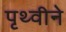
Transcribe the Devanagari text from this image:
पृथ्वीने